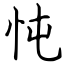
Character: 忳